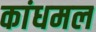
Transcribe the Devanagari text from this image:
कांधमल